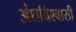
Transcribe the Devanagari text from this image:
अंधविश्‍वासी